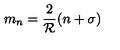
m _ { n } = \frac { 2 } { { \cal R } } ( n + \sigma )